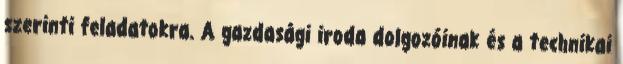
szerinti feladatokra. A gazdasági iroda dolgozóinak és a technikai